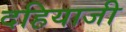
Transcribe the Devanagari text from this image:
दहियाजी